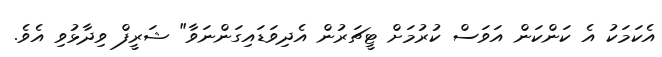
އެކަމަކު އެ ކަންކަން އަވަސް ކުރުމަށް ޓީޗަރުން އެދިވަޑައިގަންނަވާ" ޝަރީފް ވިދާޅުވި އެވެ.